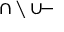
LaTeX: \cap \setminus \cup \! { \mathrm { - } }